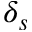
\delta _ { s }